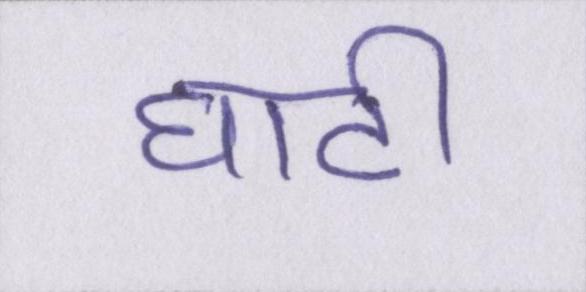
घाटी